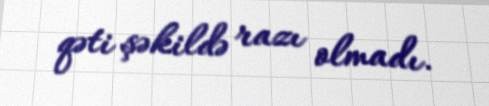
qəti şəkildə razı olmadı.